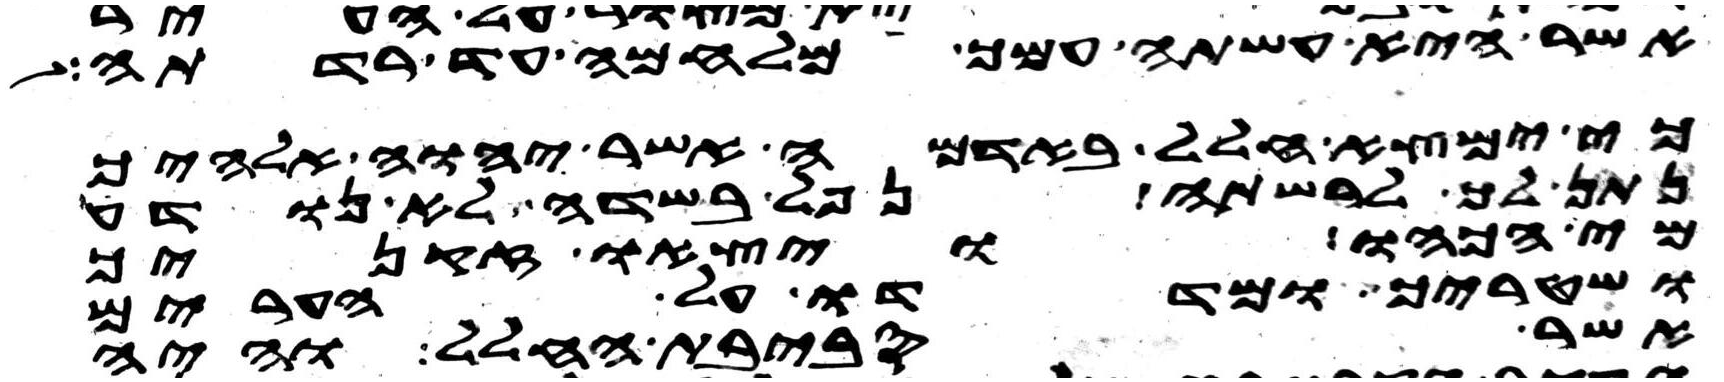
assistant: אשר היא עשתה עמך מלחמה עד רדתה
כי ימצא חלל באדמה אשר יהוה אלהיך
נתן לך לרשתה נפל בשדה לא נודע
מי הכהו ויצאו זקניך
ושטריך ומדדו על הערים
אשר סביבת החלל והיה